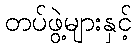
တပ်ဖွဲ့များနှင့်